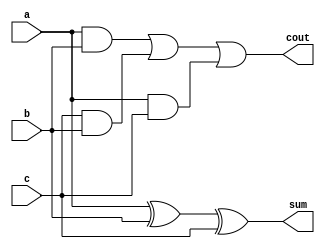
`timescale 1ns / 1ps
//////////////////////////////////////////////////////////////////////////////////
// Company: 
// Engineer: 
// 
// Design Name: 
// Module Name:    fa_str 
// Project Name: 
// Target Devices: 
// Tool versions: 
// Description: 
//
// Dependencies: 
//
// Revision: 
// Revision 0.01 - File Created
// Additional Comments: 
//
//////////////////////////////////////////////////////////////////////////////////
module fa_str(a,b,c,sum,cout);
	input a,b,c;
	output sum,cout;
	
	//reg sum,cout;
	wire x1,x2,x3;
	xor a1(sum,a,b,c);
	and a2(x1,a,b);
	and a3(x2,c,b);
	and a4(x3,a,c);
	or  a5(cout,x1,x2,x3);


endmodule